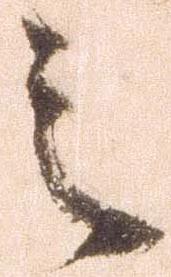
之